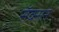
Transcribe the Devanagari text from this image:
सॅक्सने